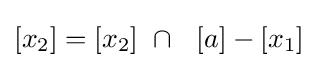
[x_{2}]=[x_{2}]\ \cap \ \ [a]-[x_{1}]